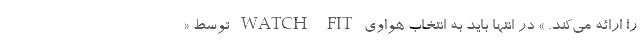
را ارائه می‌کند. » در انتها باید به انتخاب هواوی WATCH FIT توسط «